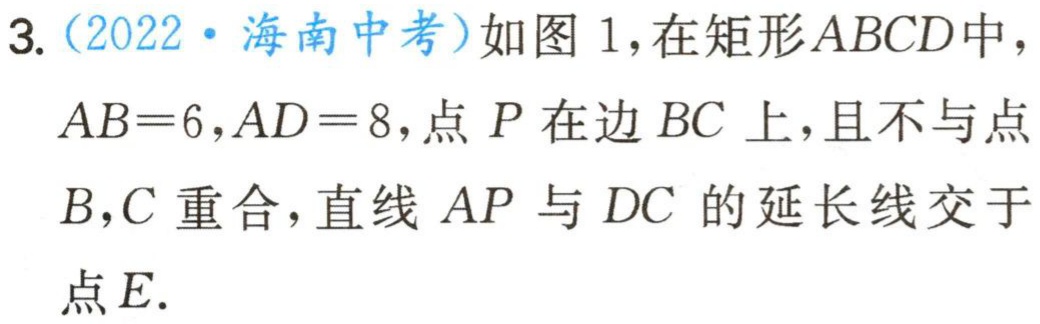
3.（2022·海南中考）如图1，在矩形\(ABCD\)中，\(AB = 6\)，\(AD = 8\)，点\(P\)在边\(BC\)上，且不与点\(B\)，\(C\)重合，直线\(AP\)与\(DC\)的延长线交于点\(E\).